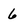
Character: 6